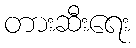
တားဆီးရေး